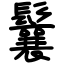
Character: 鬤